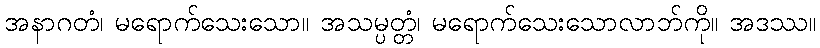
အနာဂတံ၊ မရောက်သေးသော။ အသမ္ပတ္တံ၊ မရောက်သေးသောလာဘ်ကို။ အဒဿ။